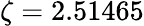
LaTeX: \zeta=2.51465